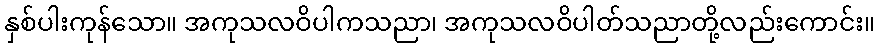
နှစ်ပါးကုန်သော။ အကုသလဝိပါကသညာ၊ အကုသလဝိပါတ်သညာတို့လည်းကောင်း။